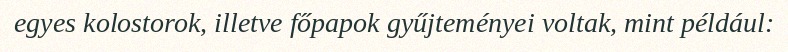
egyes kolostorok, illetve főpapok gyűjteményei voltak, mint például: